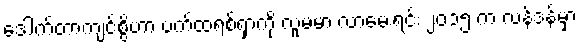
ဒေါက်တာကျင်စွိဟာ ပက်ထရစ်ရှာကို လူမမာ လာမေးရင်း ၂၀၁၅ က လန်ဒန်မှာ